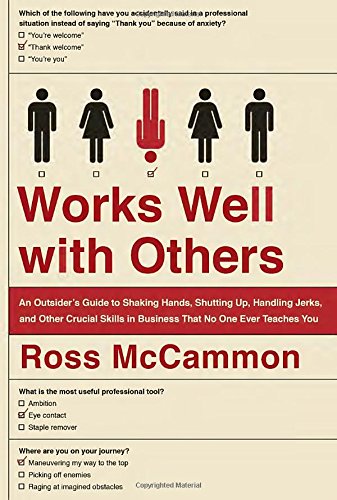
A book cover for Works Well with Others: An Outsider's Guide to Shaking Hands, Shutting Up, Handling Jerks, and Other Crucial Skills in Business That No One Ever Teaches You; Ross McCammon; Humor & Entertainment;